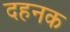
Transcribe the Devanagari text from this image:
दहनक